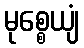
မုစ္စေယျံ